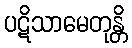
ပဋိသာမေတုန္တိ